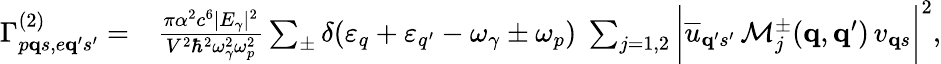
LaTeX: \begin{array}{rl}{\Gamma_{p{\mathbf q}s,e{\mathbf q}^{\prime}s^{\prime}}^{(2)}=}&{\frac{\pi\alpha^{2}c^{6}|E_{\gamma}|^{2}}{V^{2}\hbar^{2}\omega_{\gamma}^{2}\omega_{p}^{2}}\sum_{\pm}\delta(\varepsilon_{q}+\varepsilon_{q^{\prime}}-\omega_{\gamma}\pm\omega_{p})\; \sum_{j=1,2}\bigg|\overline{{u}}_{{\mathbf q}^{\prime}s^{\prime}}\, \mathcal{M}_{j}^{\pm}({\mathbf q},{\mathbf q}^{\prime})\, v_{{\mathbf q}s}\bigg|^{2},}\end{array}